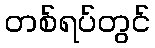
တစ်ရပ်တွင်